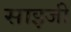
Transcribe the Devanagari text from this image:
साइजी